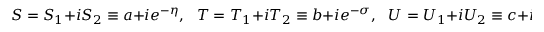
S = S _ { 1 } + i S _ { 2 } \equiv a + i e ^ { - \eta } , \ \ \ T = T _ { 1 } + i T _ { 2 } \equiv b + i e ^ { - \sigma } , \ \ \ U = U _ { 1 } + i U _ { 2 } \equiv c + i e ^ { - \rho } ,